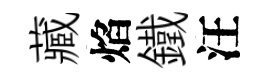
藏焰鐵汪